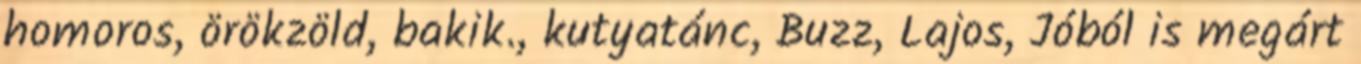
homoros, örökzöld, bakik., kutyatánc, Buzz, Lajos, Jóból is megárt